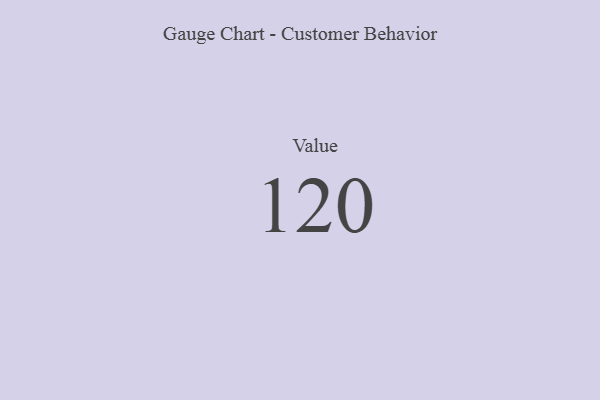
{"axis": {"x": "Metric", "y": "Value"}, "legend": [""], "data": [{"x": "Value", "y": 120, "type": ""}]}